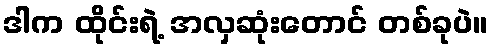
ဒါက ထိုင်းရဲ့ အလှဆုံးတောင် တစ်ခုပဲ။